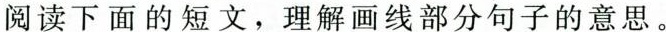
阅读下面的短文，理解画线部分句子的意思。